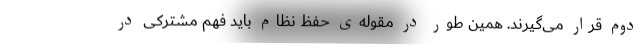
دوم قرار می‌گیرند. همین طور در مقوله‌ی حفظ نظام باید فهم مشترکی در